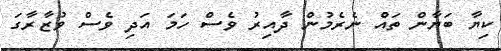
ކިޔާ ބަޔާން ތައް ނެރެމުން ދާއިރު ވެސް ހަމަ އަދި ވެސް ވުޒާރާގަ